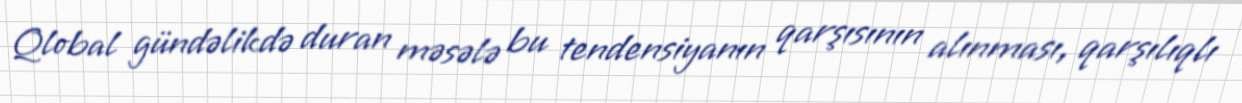
Qlobal gündəlikdə duran məsələ bu tendensiyanın qarşısının alınması, qarşılıqlı